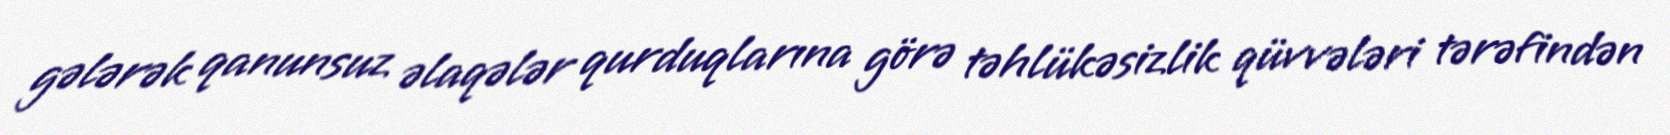
gələrək qanunsuz əlaqələr qurduqlarına görə təhlükəsizlik qüvvələri tərəfindən